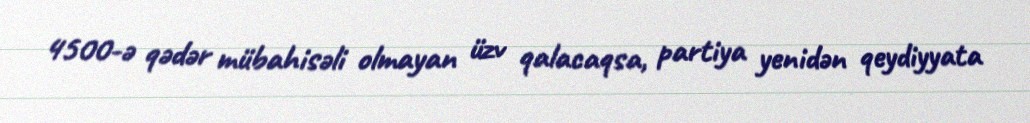
4500-ə qədər mübahisəli olmayan üzv qalacaqsa, partiya yenidən qeydiyyata